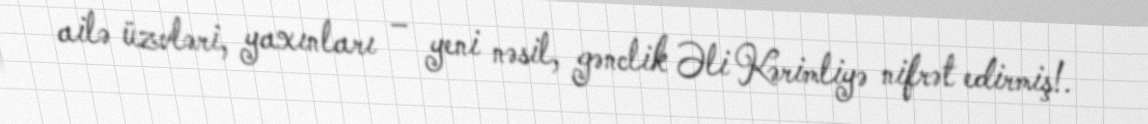
ailə üzvləri, yaxınları – yeni nəsil, gənclik Əli Kərimliyə nifrət edirmiş!.